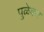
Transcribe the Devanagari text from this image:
पुळेकर